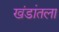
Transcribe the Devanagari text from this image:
खंडांतला